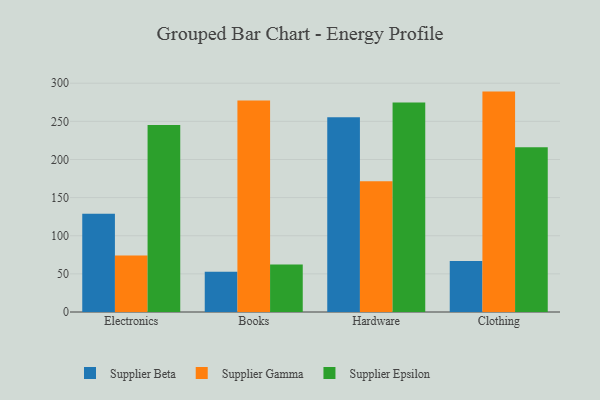
{"axis": {"x": "Category", "y": "Humidity (%)"}, "legend": ["Supplier Beta", "Supplier Epsilon", "Supplier Gamma"], "data": [{"x": "Electronics", "y": 128.8, "type": "Supplier Beta"}, {"x": "Electronics", "y": 74.0, "type": "Supplier Gamma"}, {"x": "Electronics", "y": 245.3, "type": "Supplier Epsilon"}, {"x": "Books", "y": 52.7, "type": "Supplier Beta"}, {"x": "Books", "y": 277.4, "type": "Supplier Gamma"}, {"x": "Books", "y": 62.4, "type": "Supplier Epsilon"}, {"x": "Hardware", "y": 255.3, "type": "Supplier Beta"}, {"x": "Hardware", "y": 171.5, "type": "Supplier Gamma"}, {"x": "Hardware", "y": 274.8, "type": "Supplier Epsilon"}, {"x": "Clothing", "y": 67.0, "type": "Supplier Beta"}, {"x": "Clothing", "y": 289.0, "type": "Supplier Gamma"}, {"x": "Clothing", "y": 216.1, "type": "Supplier Epsilon"}]}